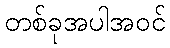
တစ်ခုအပါအဝင်